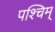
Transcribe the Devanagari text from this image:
पश्चिम्